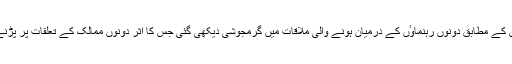
سیاسی مبصرین کے مطابق دونوں رہنماوٴں کے درمیان ہونے والی ملاقات میں گرمجوشی دیکھی گئی جس کا اثر دونوں ممالک کے تعلقات پر پڑنے کا امکان ہے۔